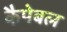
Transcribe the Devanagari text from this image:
कैपेबल